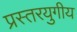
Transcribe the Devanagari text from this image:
प्रस्तरयुगीय